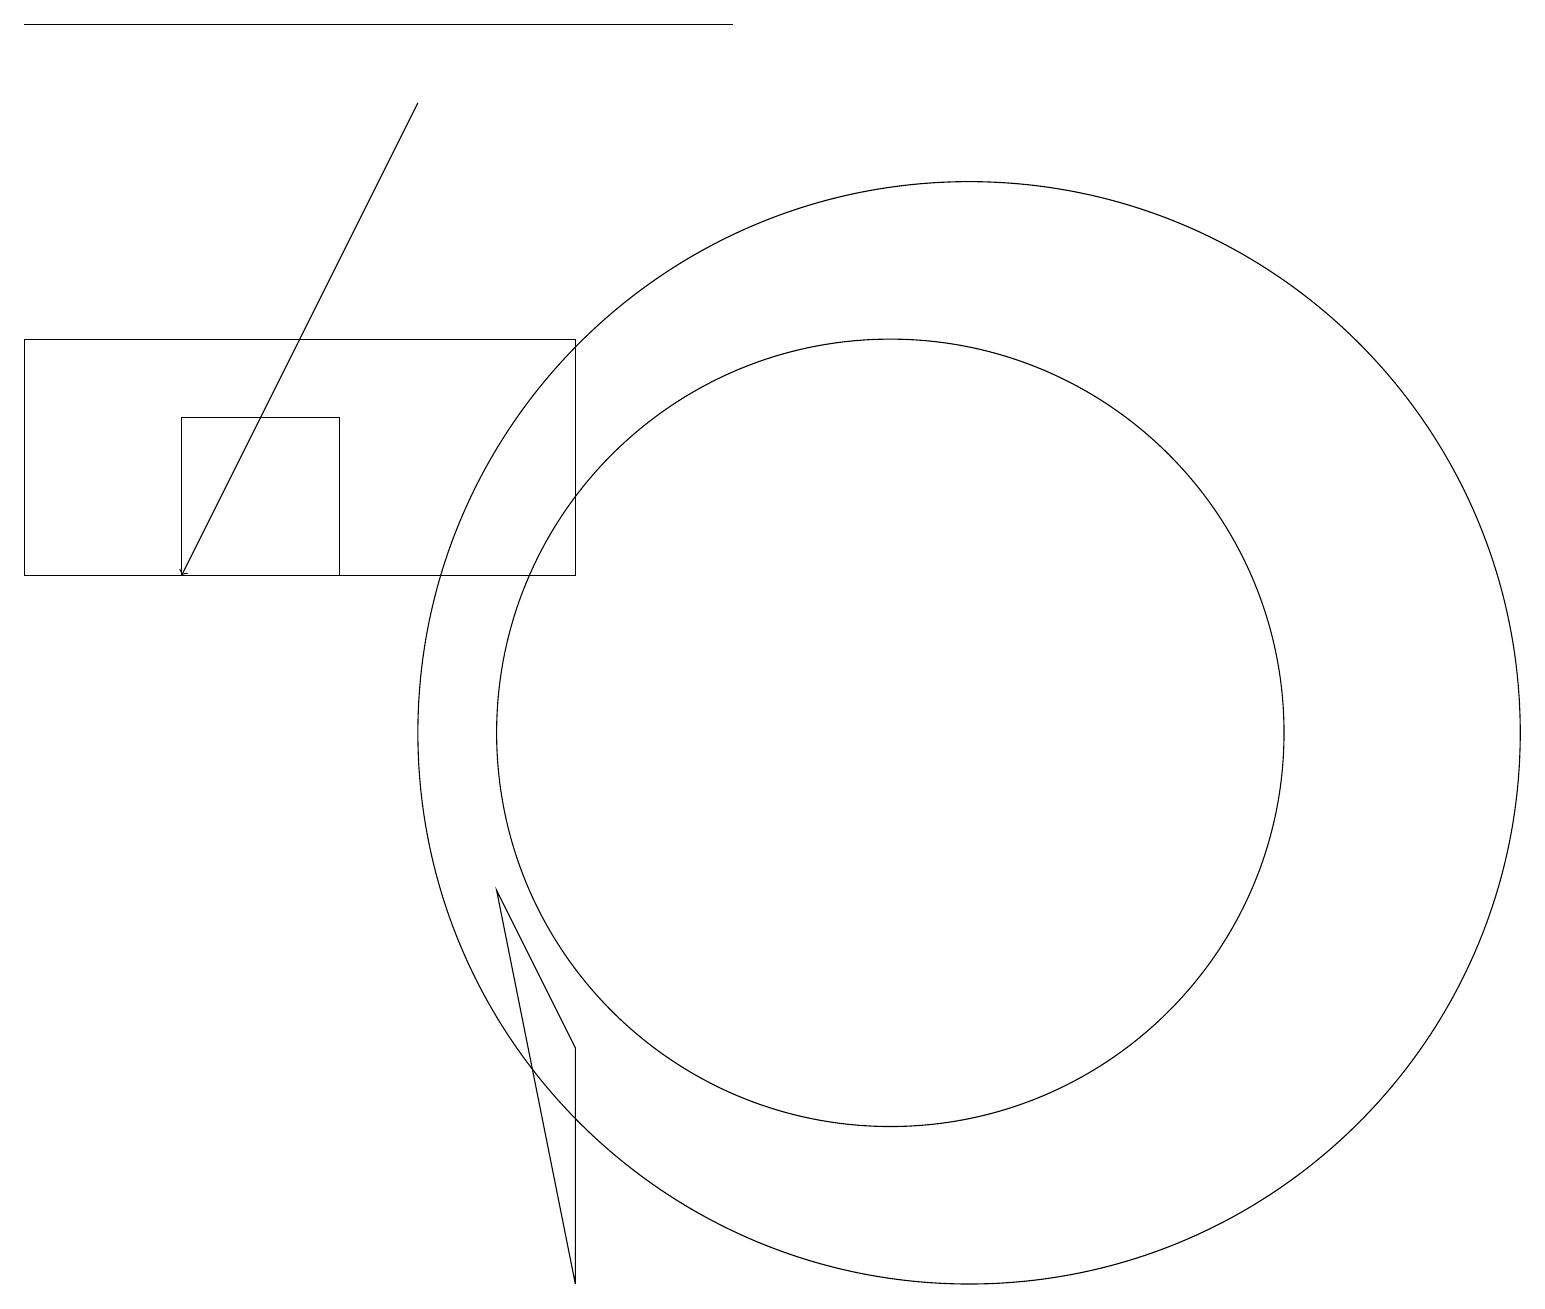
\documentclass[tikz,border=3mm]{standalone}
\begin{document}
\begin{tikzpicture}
\draw (11,10) circle (5);
\draw (4,12) rectangle (2,14);
\draw[->] (5,18) -- (2,12);
\draw (7,12) rectangle (0,15);
\draw (0,19) rectangle (9,19);
\draw (7,3) -- (6,8) -- (7,6) -- cycle;
\draw (12,10) circle (7);
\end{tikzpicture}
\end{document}